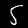
Label: 5